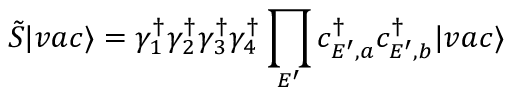
\tilde { S } | v a c \rangle = \gamma _ { 1 } ^ { \dagger } \gamma _ { 2 } ^ { \dagger } \gamma _ { 3 } ^ { \dagger } \gamma _ { 4 } ^ { \dagger } \prod _ { E ^ { \prime } } c _ { E ^ { \prime } , a } ^ { \dagger } c _ { E ^ { \prime } , b } ^ { \dagger } | v a c \rangle